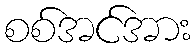
စစ်အင်အား